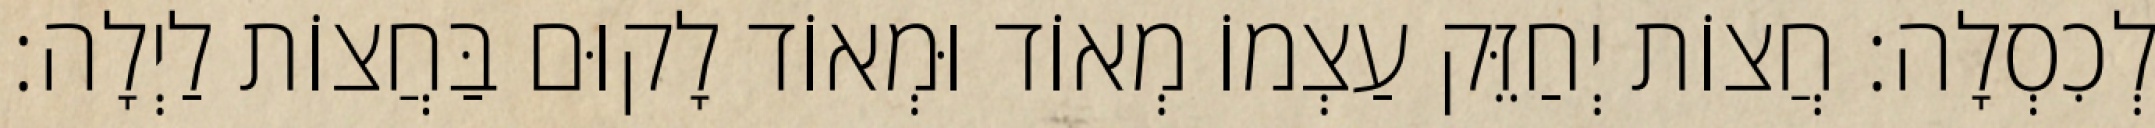
לְכִסְלָה: חֲצוֹת יְחַזֵּק עַצְמוֹ מְאוֹד וּמְאוֹד לָקוּם בַּחֲצוֹת לַיְלָה: